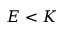
E < K